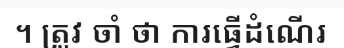
។ ត្រូវ ចាំ ថា ការធ្វើដំណើរ